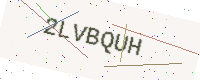
Text: 2LVBQUH